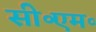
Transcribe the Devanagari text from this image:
सी॰एम॰